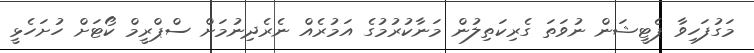
މަގުފަހިވާ ޕެޓީޝަން ނުވަތަ ގެރިކަތިލުން މަނާކުރުމުގެ އަމުރެއް ނެރެދިނުމަށް ސްޕްރީމް ކޯޓަށް ހުށަހެޅީ